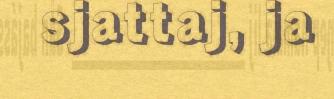
sjattaj, ja